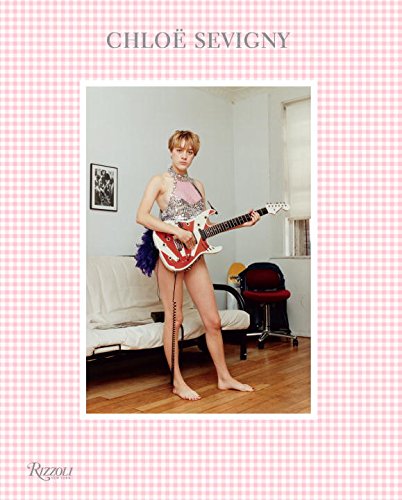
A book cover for ChloÃ« Sevigny; ChloÃ« Sevigny; Humor & Entertainment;